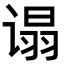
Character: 𬤕